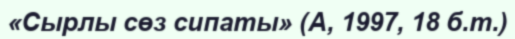
«Сырлы сөз сипаты» (А, 1997, 18 б.т.)